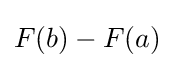
{F(b)-F(a)}